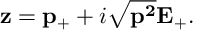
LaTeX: { \bf z } = { \bf p } _ { + } + i \sqrt { { \bf p ^ { 2 } } } { \bf E } _ { + } .